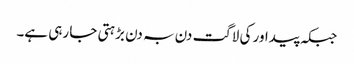
جبکہ پیداور کی لاگت دن بہ دن بڑہتی جا رہی ہے۔